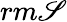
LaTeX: rm\mathscr{S}